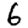
Digit: 6